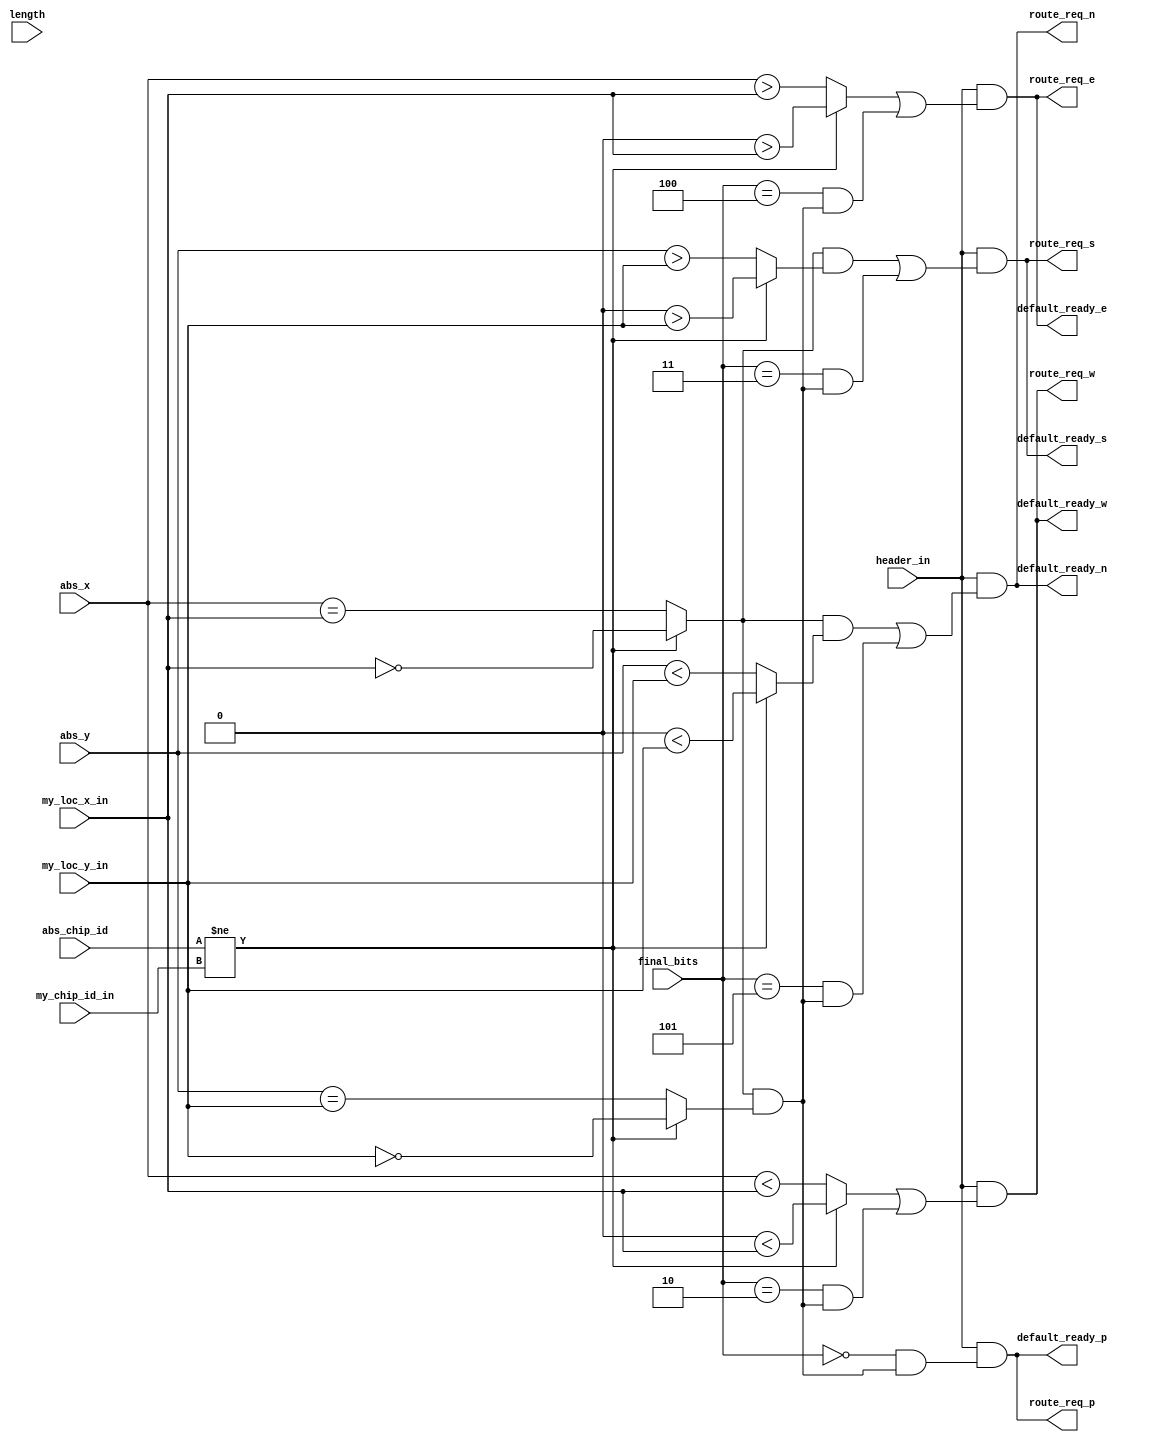
module dynamic_input_route_request_calc(route_req_n, route_req_e, route_req_s, route_req_w, route_req_p,
                                        default_ready_n, default_ready_e, default_ready_s, default_ready_w, default_ready_p,
                                        my_loc_x_in, my_loc_y_in, my_chip_id_in, abs_x, abs_y, abs_chip_id, final_bits, length, header_in);

// begin port declarations

output route_req_n;
output route_req_e;
output route_req_s;
output route_req_w;
output route_req_p;
output default_ready_n;
output default_ready_e;
output default_ready_s;
output default_ready_w;
output default_ready_p;

input [8-1:0] my_loc_x_in;
input [8-1:0] my_loc_y_in;
input [14-1:0] my_chip_id_in;
input [8-1:0] abs_x;
input [8-1:0] abs_y;
input [14-1:0] abs_chip_id;

input [2:0] final_bits;
input [8-1:0] length;
input header_in;

// end port declarations

//fbit declarations






//This is the state
//NONE

//inputs to the state
//NONE

//wires
wire more_x;
wire more_y;
wire less_x;
wire less_y;
wire done_x;
wire done_y;
wire off_chip;

wire done;

wire north;
wire east;
wire south;
wire west;
wire proc;

wire north_calc;
wire south_calc;

//wire regs

//assigns

assign off_chip = abs_chip_id != my_chip_id_in;
assign more_x = off_chip ? 0 > my_loc_x_in : abs_x > my_loc_x_in;
assign more_y = off_chip ? 0 > my_loc_y_in : abs_y > my_loc_y_in;

assign less_x = off_chip ? 0 < my_loc_x_in : abs_x < my_loc_x_in;
assign less_y = off_chip ? 0 < my_loc_y_in : abs_y < my_loc_y_in;

assign done_x = off_chip ? 0 == my_loc_x_in : abs_x == my_loc_x_in;
assign done_y = off_chip ? 0 == my_loc_y_in : abs_y == my_loc_y_in;

assign done = done_x & done_y;

assign north_calc = done_x & less_y;
assign south_calc = done_x & more_y;

assign north = north_calc | ((final_bits == 3'b101) & done);
assign south = south_calc | ((final_bits == 3'b011) & done);
assign east = more_x | ((final_bits == 3'b100) & done);
assign west = less_x | ((final_bits == 3'b010) & done);
assign proc = ((final_bits == 3'b000) & done);

assign route_req_n = header_in & north;
assign route_req_e = header_in & east;
assign route_req_s = header_in & south;
assign route_req_w = header_in & west;
assign route_req_p = header_in & proc;

assign default_ready_n = route_req_n;
assign default_ready_e = route_req_e;
assign default_ready_s = route_req_s;
assign default_ready_w = route_req_w;
assign default_ready_p = route_req_p;

//instantiations

endmodule